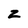
Character: Z